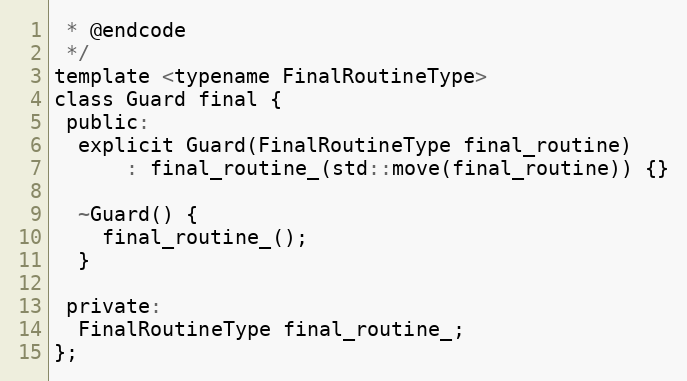
Language: C
 * @endcode
 */
template <typename FinalRoutineType>
class Guard final {
 public:
  explicit Guard(FinalRoutineType final_routine)
      : final_routine_(std::move(final_routine)) {}

  ~Guard() {
    final_routine_();
  }

 private:
  FinalRoutineType final_routine_;
};